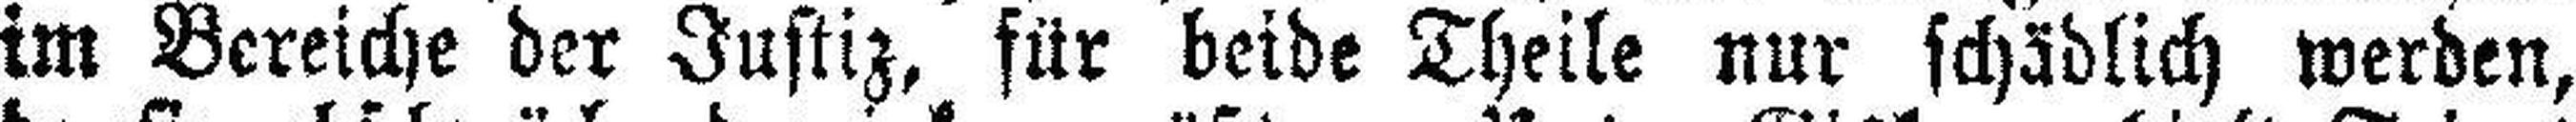
im Bereiche der Justiz, für beide Theile nur schädlich werden,